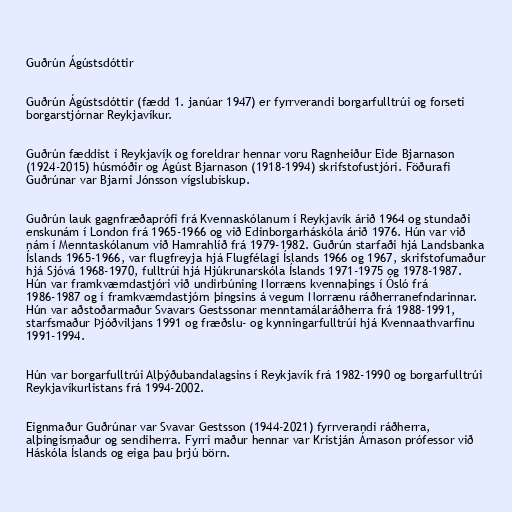
Guðrún Ágústsdóttir

Guðrún Ágústsdóttir (fædd 1. janúar 1947) er fyrrverandi borgarfulltrúi og forseti
borgarstjórnar Reykjavíkur.

Guðrún fæddist í Reykjavík og foreldrar hennar voru Ragnheiður Eide Bjarnason
(1924-2015) húsmóðir og Ágúst Bjarnason (1918-1994) skrifstofustjóri. Föðurafi
Guðrúnar var Bjarni Jónsson vígslubiskup.

Guðrún lauk gagnfræðaprófi frá Kvennaskólanum í Reykjavík árið 1964 og stundaði
enskunám í London frá 1965-1966 og við Edinborgarháskóla árið 1976. Hún var við
nám í Menntaskólanum við Hamrahlíð frá 1979-1982. Guðrún starfaði hjá Landsbanka
Íslands 1965-1966, var flugfreyja hjá Flugfélagi Íslands 1966 og 1967, skrifstofumaður
hjá Sjóvá 1968-1970, fulltrúi hjá Hjúkrunarskóla Íslands 1971-1975 og 1978-1987.
Hún var framkvæmdastjóri við undirbúning Norræns kvennaþings í Ósló frá
1986-1987 og í framkvæmdastjórn þingsins á vegum Norrænu ráðherranefndarinnar.
Hún var aðstoðarmaður Svavars Gestssonar menntamálaráðherra frá 1988-1991,
starfsmaður Þjóðviljans 1991 og fræðslu- og kynningarfulltrúi hjá Kvennaathvarfinu
1991-1994.

Hún var borgarfulltrúi Alþýðubandalagsins í Reykjavík frá 1982-1990 og borgarfulltrúi
Reykjavíkurlistans frá 1994-2002.

Eignmaður Guðrúnar var Svavar Gestsson (1944-2021) fyrrverandi ráðherra,
alþingismaður og sendiherra. Fyrri maður hennar var Kristján Árnason prófessor við
Háskóla Íslands og eiga þau þrjú börn.